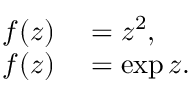
\begin{array} { r l } { f ( z ) } & { { } = z ^ { 2 } , } \\ { f ( z ) } & { { } = \exp { z } . } \end{array}